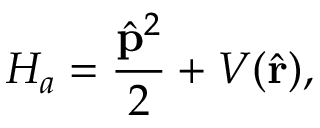
H _ { a } = \frac { \hat { \mathbf { p } } ^ { 2 } } { 2 } + V ( \hat { \mathbf { r } } ) ,